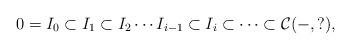
LaTeX: \begin{align*}0=I_0\subset I_1\subset I_2\cdots I_{i-1}\subset I_i\subset\cdots\subset \mathcal{C}(-,?),\end{align*}